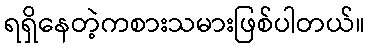
ရရှိနေတဲ့ကစားသမားဖြစ်ပါတယ်။